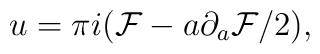
u=\pi i ({\cal F}-a\partial_a{\cal F}/2),